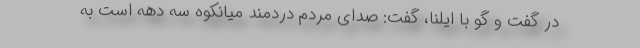
در گفت و گو با ایلنا، گفت: صدای مردم دردمند میانکوه سه‌ دهه است به